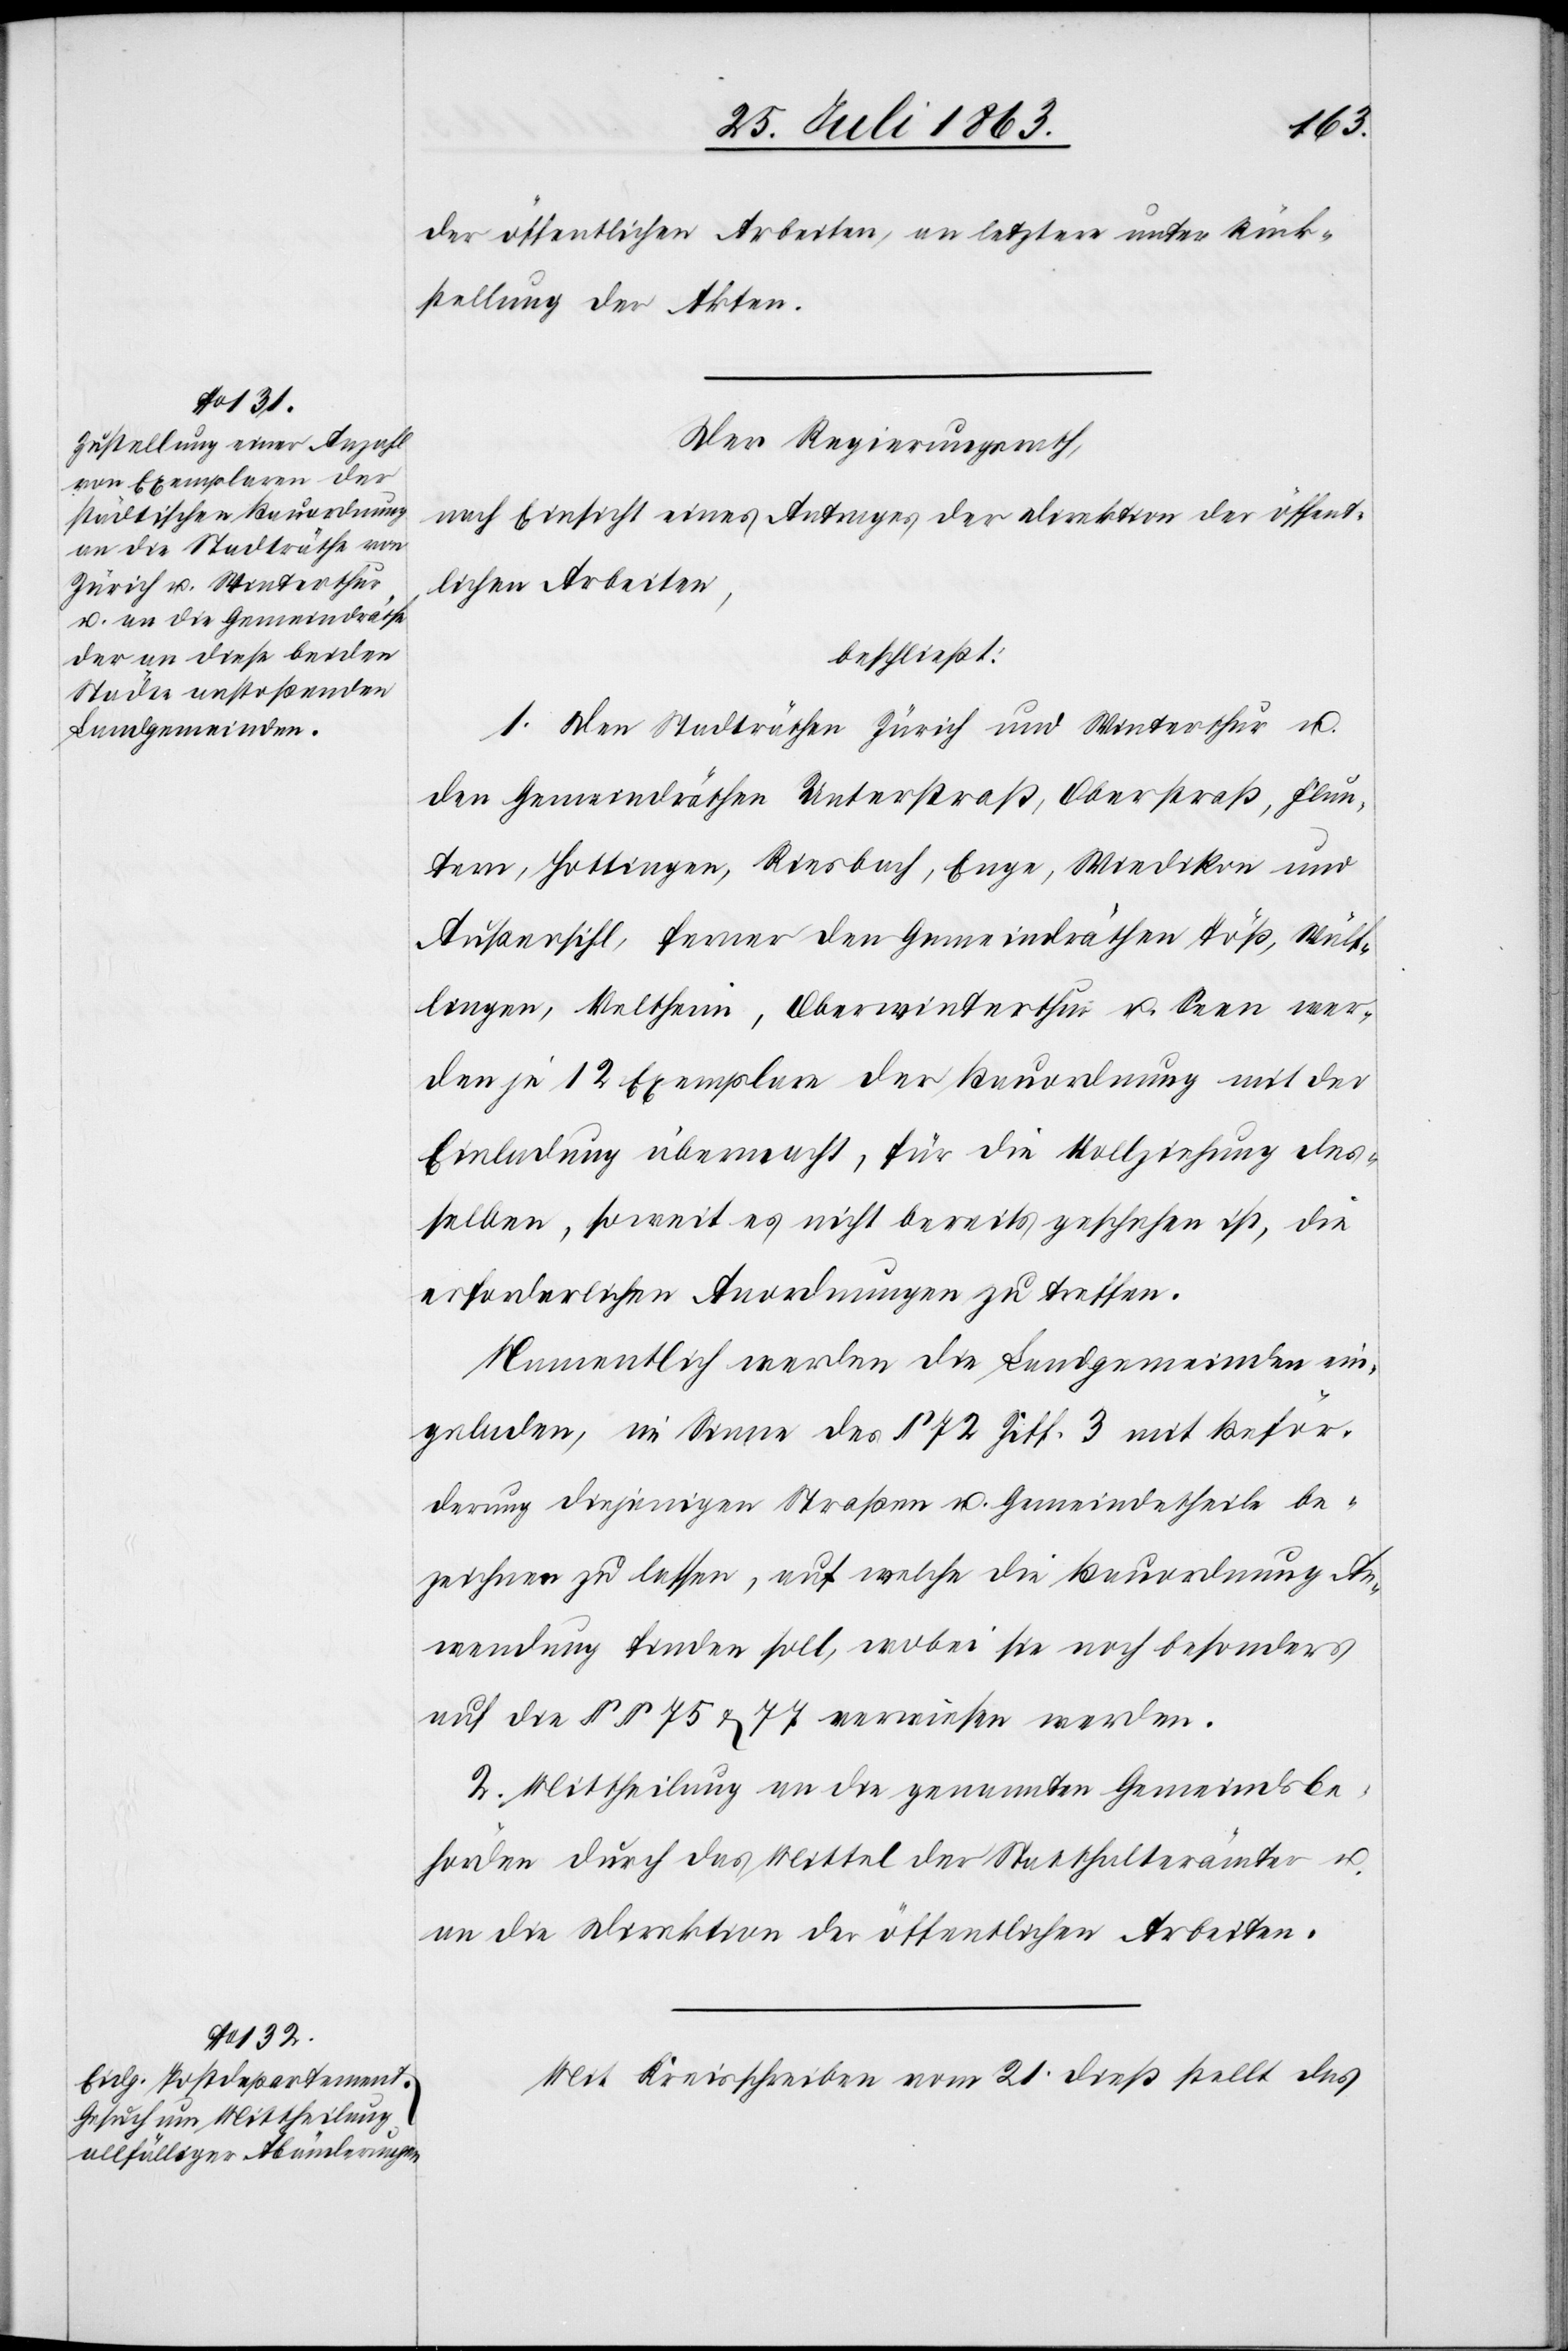
der öffentlichen Arbeiten, an letztere unter Rück¬
stellung der Akten.
Der Regierungsrath,
nach Einsicht eines Antrages der Direktion der öffent¬
lichen Arbeiten,
beschließt:
1. Den Stadträthen Zürich und Winterthur u.
den Gemeindräthen Unterstraß, Oberstraß, Flun¬
tern, Hottingen, Riesbach, Enge, Wiedikon und
Außersihl, ferner den Gemeindräthen Töß, Wülf¬
lingen, Veltheim, Oberwinterthur u. Seen wer¬
den je 12 Exemplare der Bauordnung mit der
Einladung übermacht, für die Vollziehung des¬
selben, soweit es nicht bereits geschehen ist, die
erforderlichen Anordnungen zu treffen.
Namentlich werden die Landgemeinden ein¬
geladen, im Sinne des § 72 Ziff. 3 mit Beför¬
derung diejenigen Straßen u. Gemeindetheile be¬
zeichnen zu lassen, auf welche die Bauordnung An¬
wendung finden soll, wobei sie noch besonders
auf die §§ 75 & 77 verwiesen werden.
2. Mittheilung an die genannten Gemeindsbe¬
hörden durch das Mittel der Statthalterämter u.
an die Direktion der öffentlichen Arbeiten.
Mit Kreisschreiben vom 21. dieß stellt das